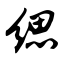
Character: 缌